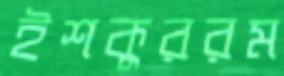
ইশকুররম